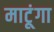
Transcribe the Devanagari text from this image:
माटूंगा